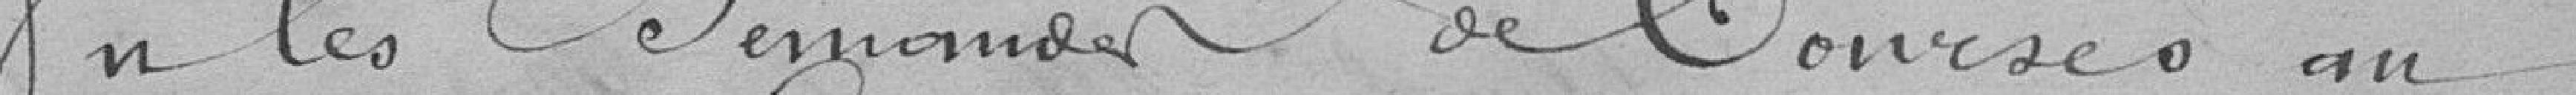
ourseo an